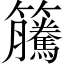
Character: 𥸎